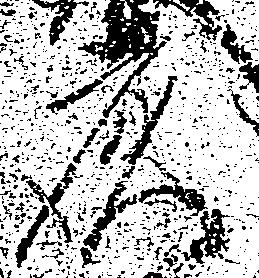
彦